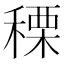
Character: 𥠲